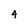
Character: 4